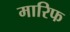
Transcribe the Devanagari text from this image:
मारिफ